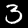
Digit: 3